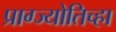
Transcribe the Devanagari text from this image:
प्राग्ज्योतिच्हा